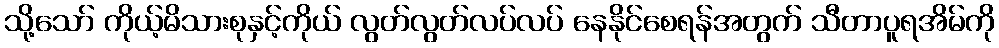
သို့သော် ကိုယ့်မိသားစုနှင့်ကိုယ် လွတ်လွတ်လပ်လပ် နေနိုင်စေရန်အတွက် သီတာပူရအိမ်ကို